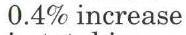
0.4% increase